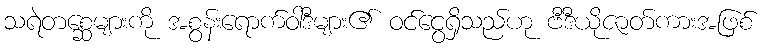
သရဲတစ္ဆေများကို အစွန်းရောက်ဝါဒီများ၏ ဝင်ငွေရှိသည်ဟု ဗီဒီယိုဇာတ်ကားအဖြစ်